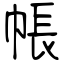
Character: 帳